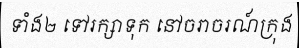
ទាំង២ ទៅរក្សាទុក នៅចរាចរណ៍ក្រុង